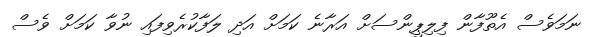
ނަމަވެސް އެތޫފާން ފިލިޕީންސަށް އަރާނެ ކަމަށް އަދި ލަފާކުރެވިފައި ނުވާ ކަމަށް ވެސް